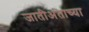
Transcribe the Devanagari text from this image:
जातीअंताच्या